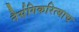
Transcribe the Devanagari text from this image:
नैर्सगिकरित्याच